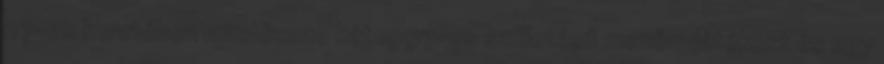
27-es keretében mindössze két 1997-es születésű mezőnyjátékost és egy